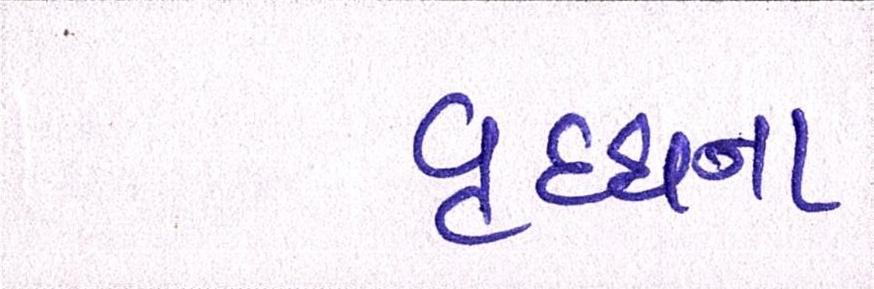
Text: વૃદ્ધાના